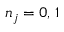
n _ { j } = 0 , \, 1